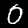
Digit: 0